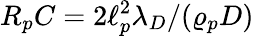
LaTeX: R_{p}C=2\ell_{p}^{2}\lambda_{D}/(\varrho_{p}D)